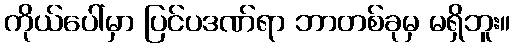
ကိုယ်ပေါ်မှာ ပြင်ပဒဏ်ရာ ဘာတစ်ခုမှ မရှိဘူး။